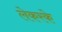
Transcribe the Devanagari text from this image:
लेकरके